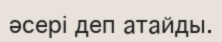
әсері деп атайды.